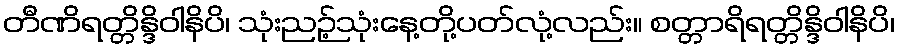
တီဏိရတ္တိန္ဒိဝါနိပိ၊ သုံးညဉ့်သုံးနေ့တို့ပတ်လုံ့လည်း။ စတ္တာရိရတ္တိန္ဒိဝါနိပိ၊